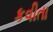
કવીતા